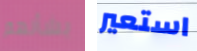
بشأنهم استعير